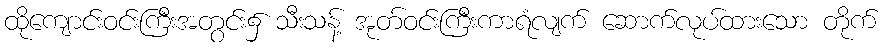
ထိုကျောင်းဝင်းကြီးအတွင်း၌ သီးသန့် အုတ်ဝင်းကြီးကာရံလျက် ဆောက်လုပ်ထားသော တိုက်